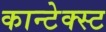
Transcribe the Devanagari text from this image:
कान्टेक्स्ट